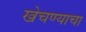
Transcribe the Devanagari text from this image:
खेचण्याचा